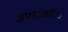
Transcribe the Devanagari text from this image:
अण्डरकळि